Senior Leaving Certificate Examination (including Day School Certificate (Higher) General paper), 1949
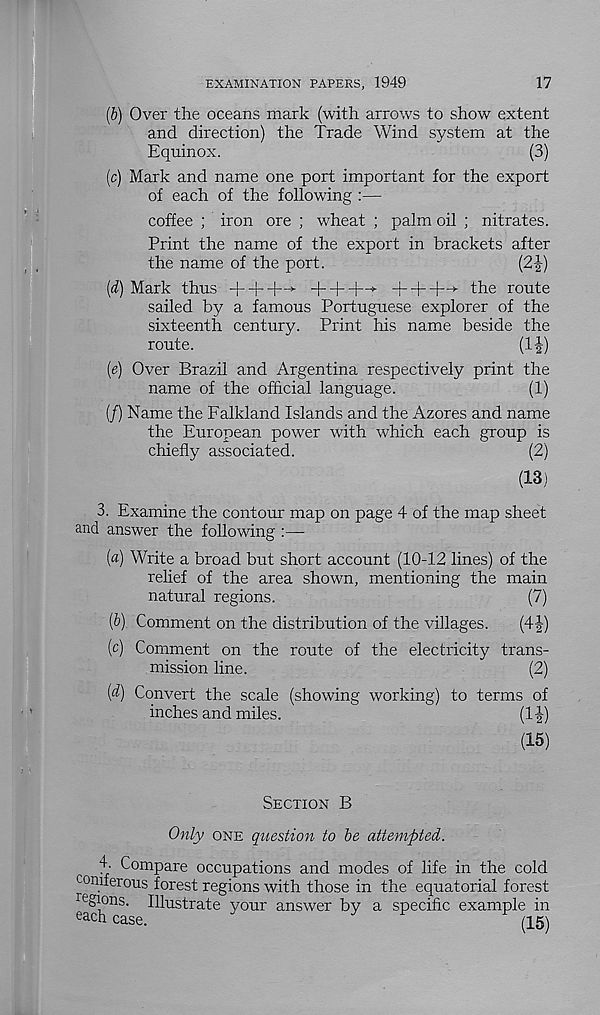
EXAMINATION PAPERS, 1949
17
(b) Over the oceans mark (with arrows to show extent
and direction) the Trade Wind system at the
Equinox.
(3)
(c) Mark and name one port important for the export
of each of the following :—
coffee ; iron ore ; wheat ; palm oil ; nitrates.
Print the name of the export in brackets after
the name of the port.
(2|-)
(d) Mark thus + + H—+ + H—* + + H—> the route
sailed by a famous Portuguese explorer of the
sixteenth century. Print his name beside the
route.
(1|)
(e) Over Brazil and Argentina respectively print the
name of the official language.
(1)
(/) Name the Falkland Islands and the Azores and name
the European power with which each group is
chiefly associated.
(2)
(13)
3. Examine the contour map on page 4 of the map sheet
and answer the following :—
(a) Write a broad but short account (10-12 lines) of the
relief of the area shown, mentioning the main
natural regions.
(7)
{b). Comment on the distribution of the villages.
(4|)
(c) Comment on the route of the electricity trans-
mission line.
(2)
[d) Convert the scale (showing working) to terms of
inches and miles.
(1-|)
(15)
SECTION B
Only ONE question to be attempted.
4. Compare occupations and modes of life in the cold
coniferous forest regions with those in the equatorial forest
regions. Illustrate your answer by a specific example in
each case.
-X
n
F